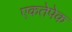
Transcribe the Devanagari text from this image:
एकतेपेक